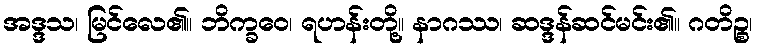
အဒ္ဒသ၊ မြင်လေ၏။ ဘိက္ခဝေ၊ ရဟန်းတို့။ နာဂဿ၊ ဆဒ္ဒန်ဆင်မင်း၏။ ဂတိဉ္စ၊